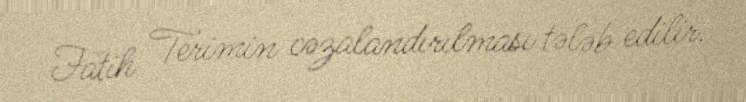
Fatih Terimin cəzalandırılması tələb edilir.